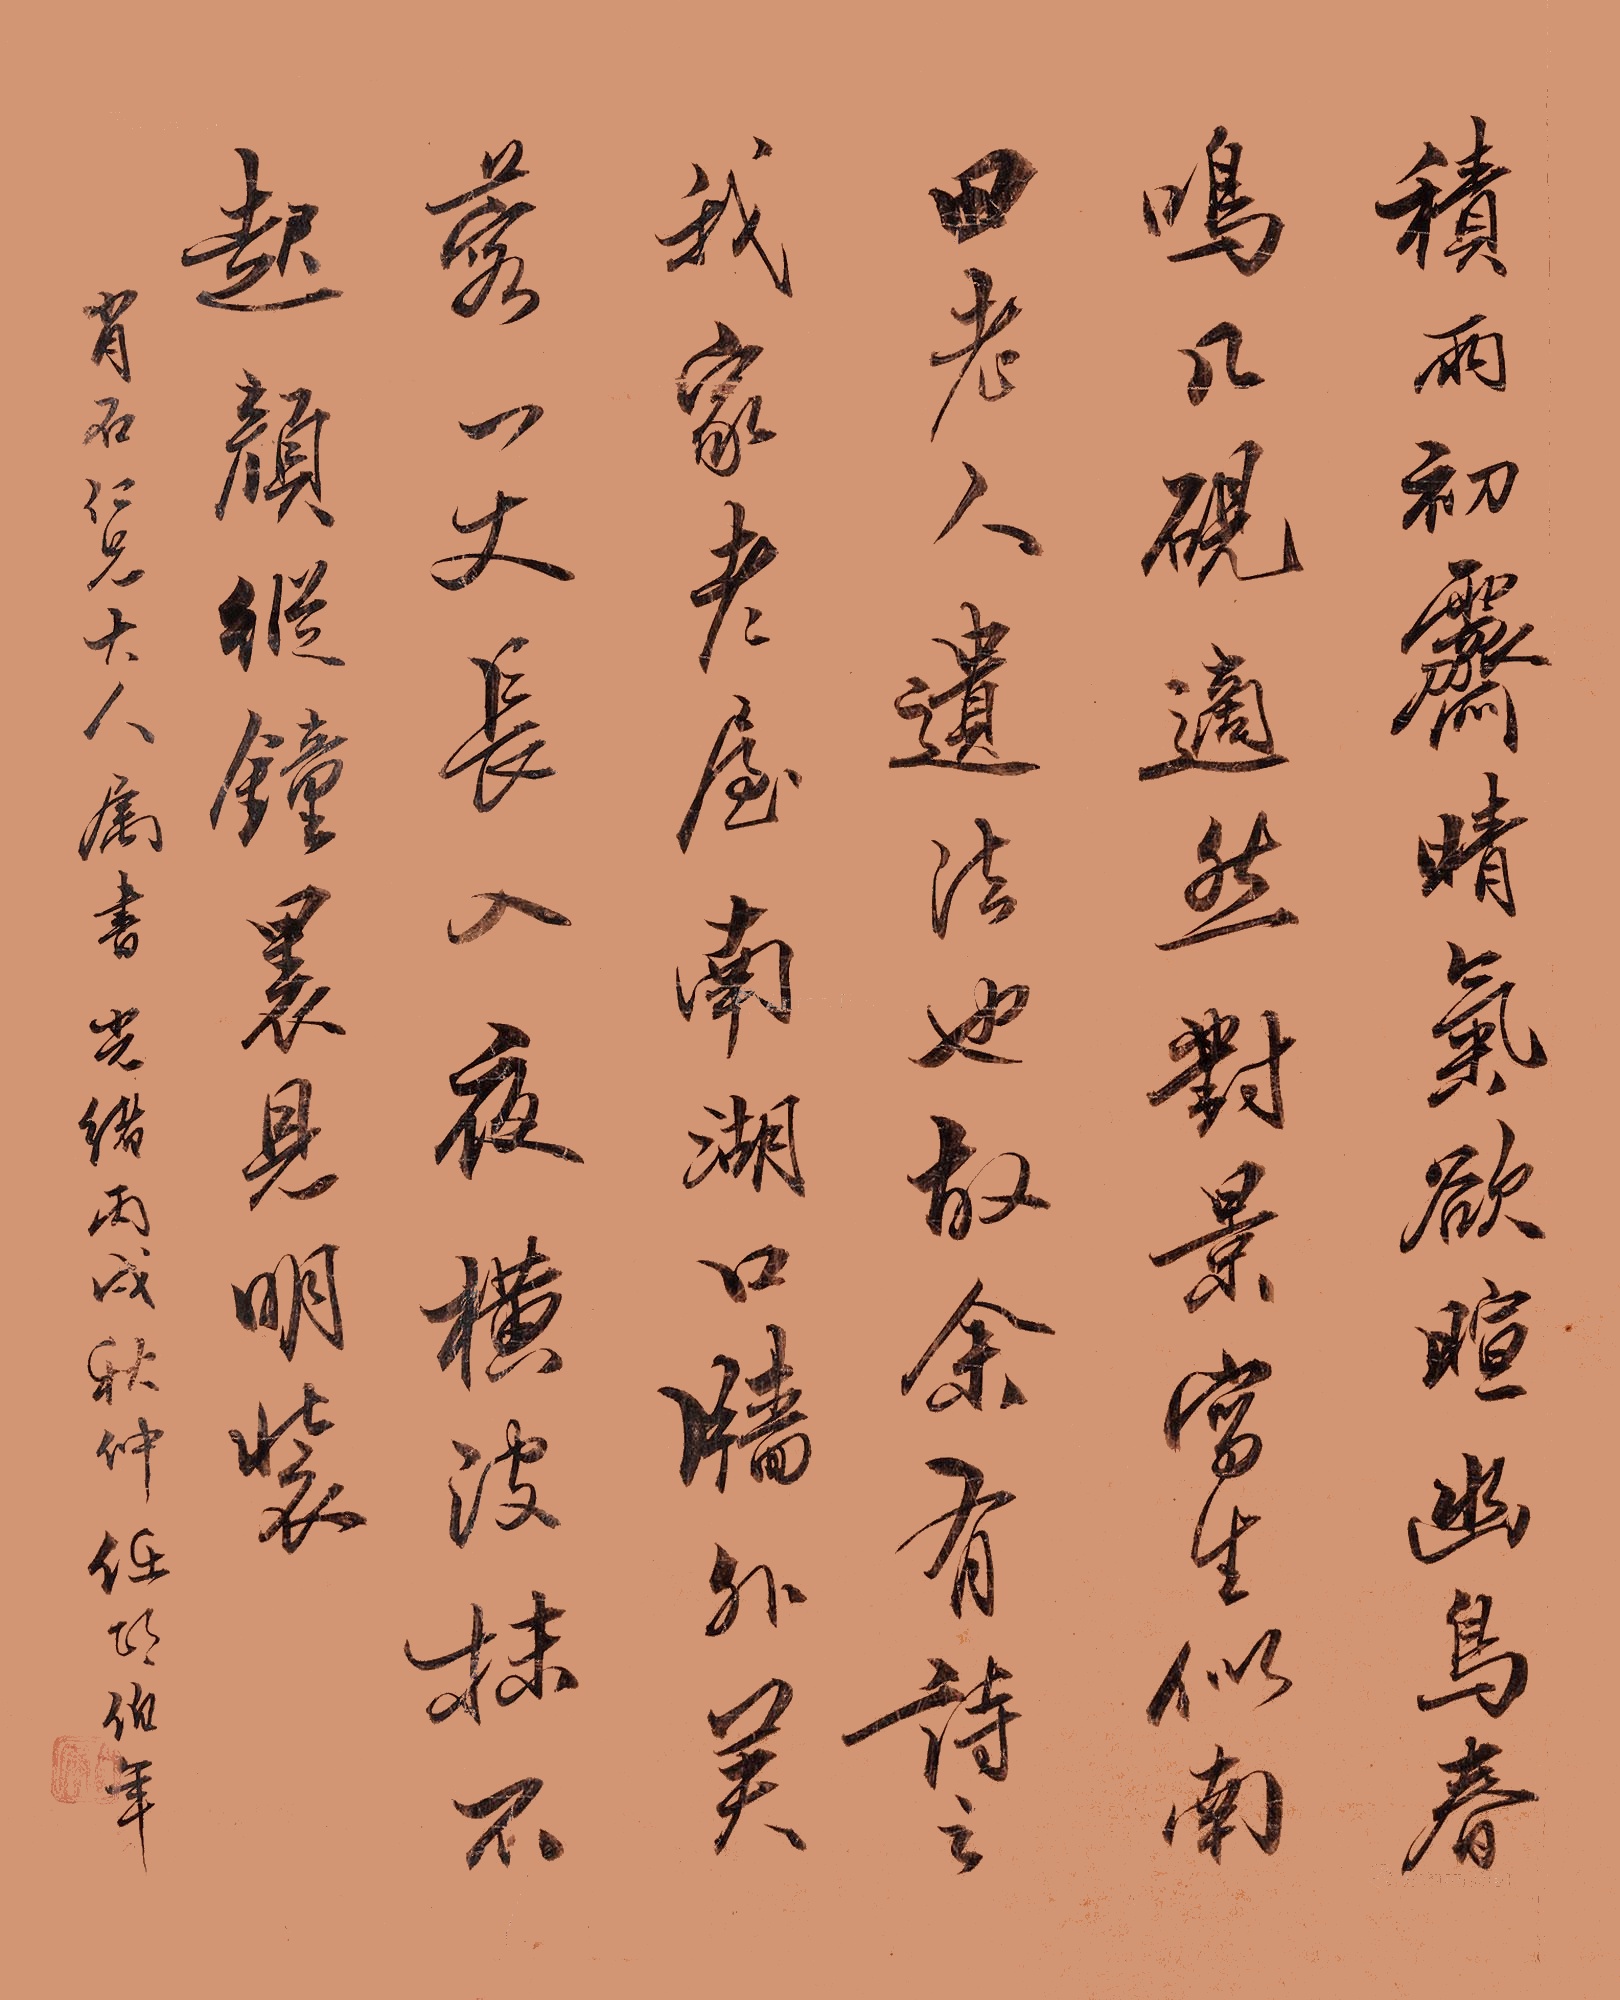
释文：积雨初霁，晴岚欲暄，幽鸟春鸣，几砚适然，对景写生，似南田老人遗法也。故余虽有诗云：我家老屋南湖口，墙外英落一丈长。入夜横波抹不起，颜纵钟里见明装。肖石仁兄大人属书，光绪丙戌（1886年）秋仲，任颐伯年。